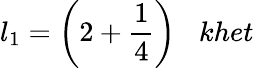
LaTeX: l_{1}={\bigg(}2+{\frac{1}{4}}{\bigg)}\; \; \; khet